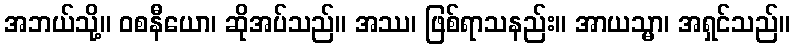
အဘယ်သို့။ ဝစနီယော၊ ဆိုအပ်သည်။ အဿ၊ ဖြစ်ရာသနည်း။ အာယသ္မာ၊ အရှင်သည်။